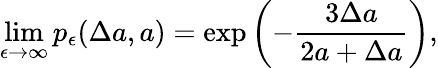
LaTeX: \operatorname*{lim}_{\epsilon\to\infty}p_{\epsilon}(\Delta a,a)=\exp\left(-\frac{3\Delta a}{2a+\Delta a}\right),